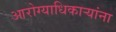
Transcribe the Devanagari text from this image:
आरोग्याधिकाऱ्यांना